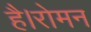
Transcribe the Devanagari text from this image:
है।रोमन